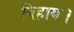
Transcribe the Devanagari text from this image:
बिहाय।